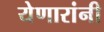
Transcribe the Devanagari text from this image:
येणारांनी